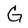
Character: G